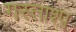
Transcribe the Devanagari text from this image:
गस्ताश्प